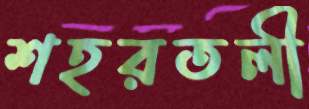
শহরতলী